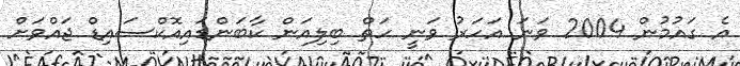
އެ ގައުމުން 2004 ވަނަ އަހަރު ވަނީ ހަތް ބިލިއަން ކާބަންޑައިއޮކްސައިޑް ޖައްވަށް